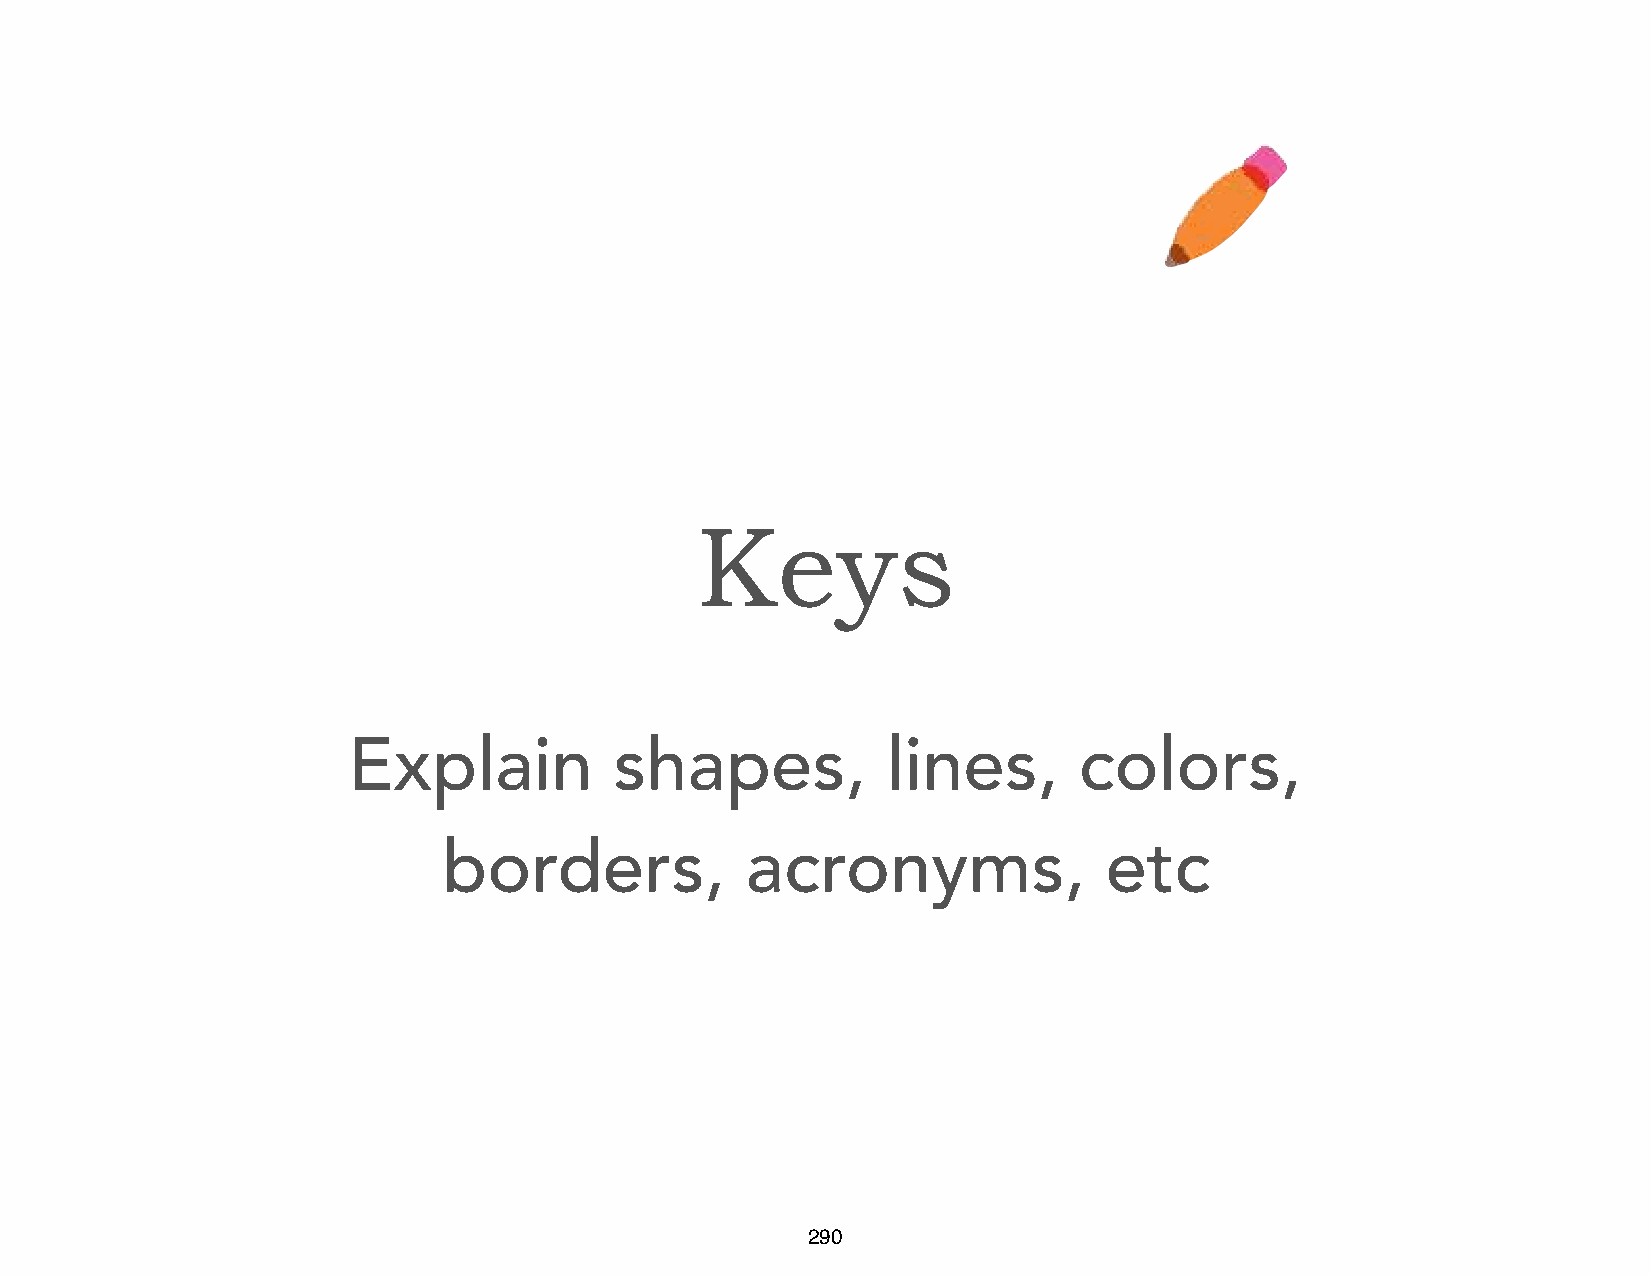
Keys
 Explain           shapes,           lines,      colors,
 borders,            acronyms,               etc
 290